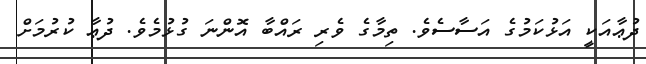
ދުޢާއަކީ އަޅުކަމުގެ އަސާސެވެ. ތިމާގެ ވެރި ރައްބާ އޮންނަ ގުޅުމެވެ. ދުޢާ ކުރުމަށް